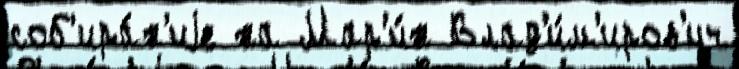
соб'ира́н'иjе на Мар'и́н Влад'и́м'иров'ич